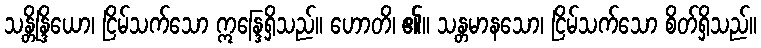
သန္တိန္ဒြိယော၊ ငြိမ်သက်သော ဣန္ဒြေရှိသည်။ ဟောတိ၊ ၏။ သန္တမာနသော၊ ငြိမ်သက်သော စိတ်ရှိသည်။